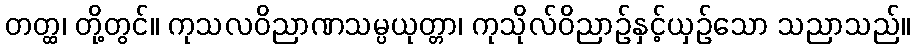
တတ္ထ၊ တို့တွင်။ ကုသလဝိညာဏသမ္ပယုတ္တာ၊ ကုသိုလ်ဝိညာဉ်နှင့်ယှဉ်သော သညာသည်။